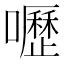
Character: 嚦